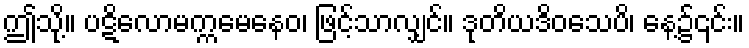
ဤသို့။ ပဋိလောမက္ကမေနေဝ၊ ဖြင့်သာလျှင်။ ဒုတိယဒိဝသေပိ၊ နေ့၌၎င်း။